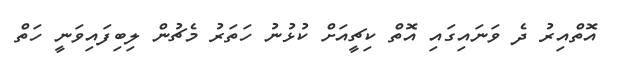
އޮތްއިރު ދެ ވަނައިގައި އޮތް ކިޗީއަށް ކުޅުނު ހަތަރު މެޗުން ލިބިފައިވަނީ ހަތް